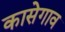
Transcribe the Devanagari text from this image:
कासेगाव